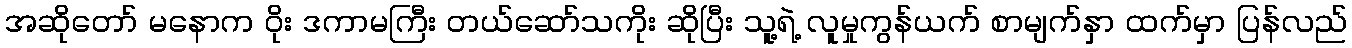
အဆိုတော် မနောက ဝိုး ဒကာမကြီး တယ်ဆော်သကိုး ဆိုပြီး သူ့ရဲ့ လူမှုကွန်ယက် စာမျက်နှာ ထက်မှာ ပြန်လည်